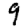
Digit: 9